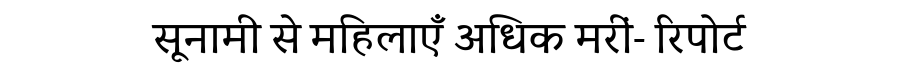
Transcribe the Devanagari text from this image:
सूनामी से महिलाएँ अधिक मरीं- रिपोर्ट